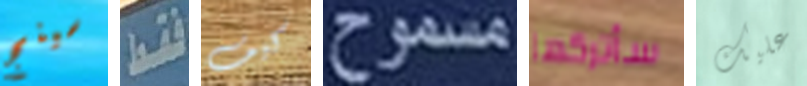
سينج فقط كيف مسموح سأتركها عليك